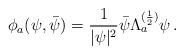
LaTeX: \begin{align*}\phi_a(\psi,\bar{\psi}) = \frac{1}{|\psi|^2} \bar{\psi} \Lambda_a ^{(\frac{1}{2})} \psi\,.\end{align*}